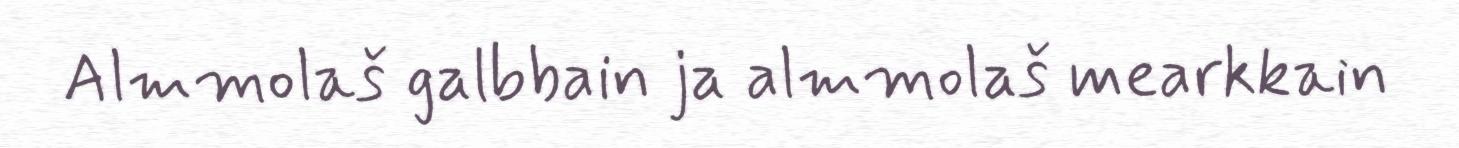
Almmolaš galbbain ja almmolaš mearkkain